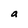
Character: a